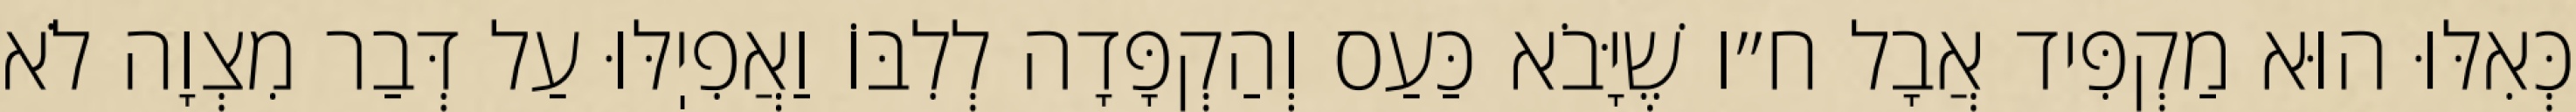
כְּאִלּוּ הוּא מַקְפִּיד אֲבָל ח״ו שֶׁיָּבֹא כַּעַס וְהַקְפָּדָה לְלִבּוֹ וַאֲפִיֽלּוּ עַל דְּבַר מִצְוָה לֹא